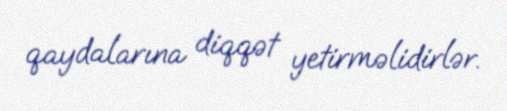
qaydalarına diqqət yetirməlidirlər.